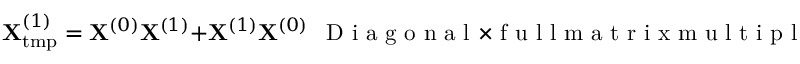
{ \bf X } _ { \mathrm { t m p } } ^ { ( 1 ) } = { \bf X } ^ { ( 0 ) } { \bf X } ^ { ( 1 ) } + { \bf X } ^ { ( 1 ) } { \bf X } ^ { ( 0 ) } ~ ~ \mathrm { ~ D ~ i ~ a ~ g ~ o ~ n ~ a ~ l ~ } \times \mathrm { ~ f ~ u ~ l ~ l ~ m ~ a ~ t ~ r ~ i ~ x ~ m ~ u ~ l ~ t ~ i ~ p ~ l ~ i ~ c ~ a ~ t ~ i ~ o ~ n ~ s ~ }